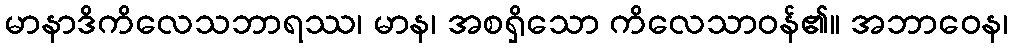
မာနာဒိကိလေသဘာရဿ၊ မာန၊ အစရှိသော ကိလေသာဝန်၏။ အဘာဝေန၊